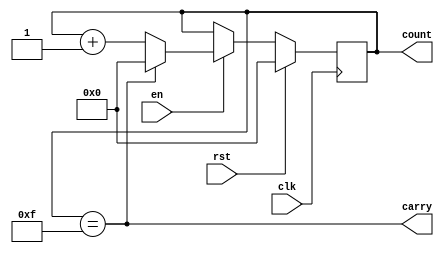
module counter #(parameter MAX_COUNT = 16)(clk, rst, en, carry, count);
    input clk, rst, en;
    output reg carry;
    output reg [7:0] count;
    always @(posedge clk) begin
        if (rst) begin
            count <= 0;
        end
        else if (en) begin
            if (count == MAX_COUNT - 1) begin
                count <= 0;
            end
            else begin
                count <= count + 1;
            end
        end
    end
    assign carry = (count == MAX_COUNT - 1);
endmodule